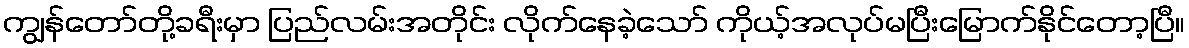
ကျွန်တော်တို့ခရီးမှာ ပြည်လမ်းအတိုင်း လိုက်နေခဲ့သော် ကိုယ့်အလုပ်မပြီးမြောက်နိုင်တော့ပြီ။